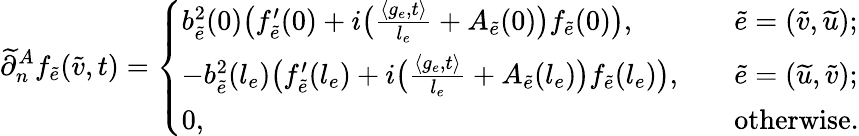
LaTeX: \widetilde{\partial}_{n}^{A}f_{\widetilde{e}}(\widetilde{v},t)=\left\{ \begin{array}{ll}{b_{\widetilde{e}}^{2}(0)\big(f_{\widetilde{e}}^{\prime}(0)+i\big(\frac{\langle g_{e},t\rangle}{l_{e}}+A_{\widetilde{e}}(0)\big)f_{\widetilde{e}}(0)\big),}&{\quad\widetilde{e}=(\widetilde{v},\widetilde{u});}\\ {-b_{\widetilde{e}}^{2}(l_{e})\big(f_{\widetilde{e}}^{\prime}(l_{e})+i\big(\frac{\langle g_{e},t\rangle}{l_{e}}+A_{\widetilde{e}}(l_{e})\big)f_{\widetilde{e}}(l_{e})\big),}&{\quad\widetilde{e}=(\widetilde{u},\widetilde{v});}\\ {0,\quad}&{\quad\mathrm{otherwise}.}\end{array}\right.